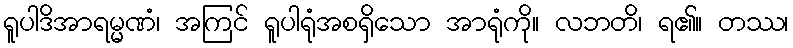
ရူပါဒိအာရမ္မဏံ၊ အကြင် ရူပါရုံအစရှိသော အာရုံကို။ လဘတိ၊ ရ၏။ တဿ၊